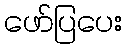
ဖော်ပြပေး